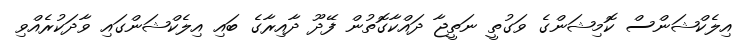
އިލެކްޝަންސް ކޮމިޝަންގެ ވަގުތީ ނަތީޖާ ދައްކާގޮތުން ފޭދޫ ދާއިރާގެ ބައި އިލެކްޝަންގައި ވާދަކުރެއްވި